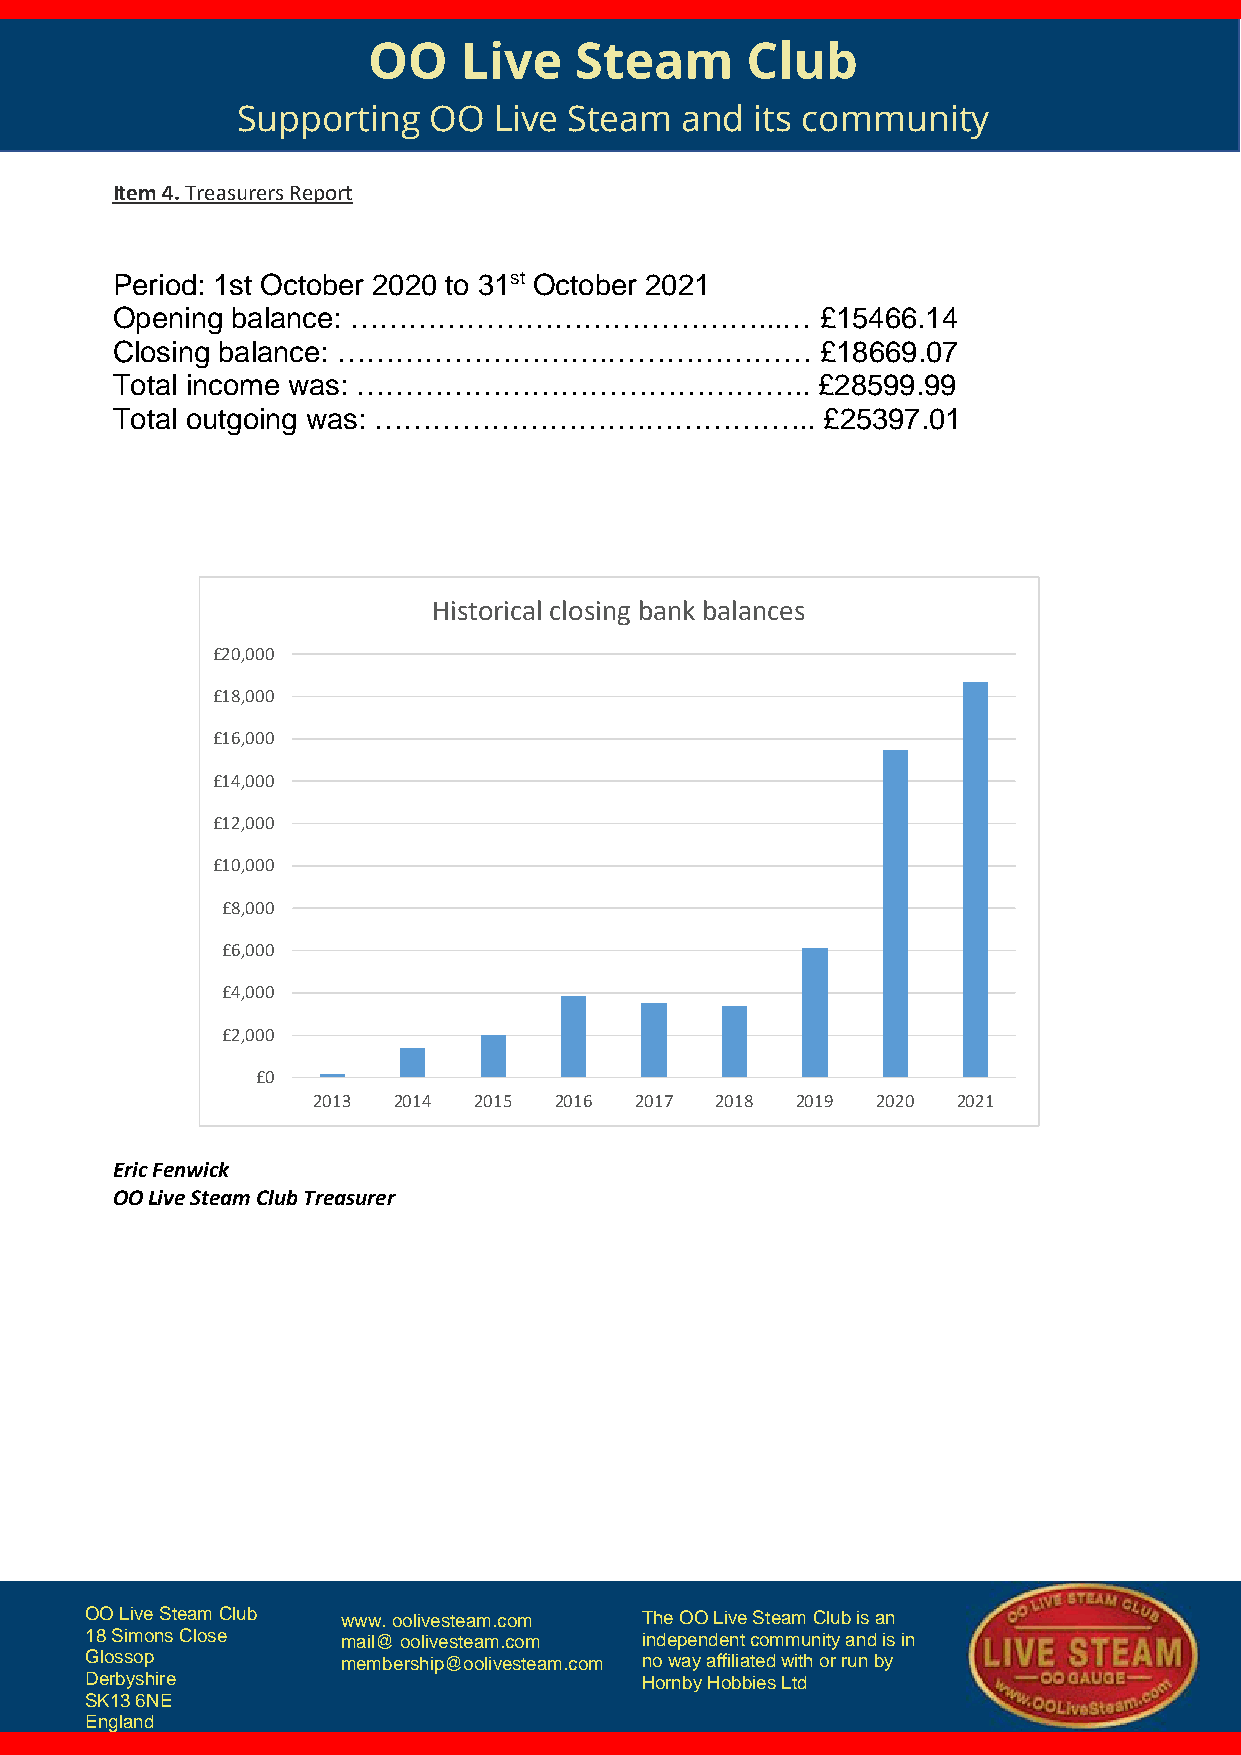
OO    Live    Steam      Club
 Supporting  OO   Live Steam  and  its community
 Item 4. Treasurers Report
 Period: 1st October 2020 to 31st October 2021
 Opening balance: ……………………………………...…            £15466.14
 Closing balance: ……………………….…………………             £18669.07
 Total income was: ………………………………………..            £28599.99
 Total outgoing was: ……………………….……………...         £25397.01
 Historical closing bank balances
 £20,000
 £18,000
 £16,000
 £14,000
 £12,000
 £10,000
 £8,000
 £6,000
 £4,000
 £2,000
 £0
 2013 2014 2015  2016 2017 2018  2019 2020 2021
 Eric Fenwick
 OO Live Steam Club Treasurer
 OO Live Steam Club www. oolivesteam.com The OO Live Steam Club is an
 18 Simons Close  mail@ oolivesteam.com independent community and is in
 Glossop          membership@oolivesteam.com no way affiliated with or run by
 Derbyshire                          Hornby Hobbies Ltd
 SK13 6NE
 England